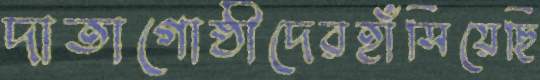
দাতাগোষ্ঠীদেরহাঁসিয়েছি